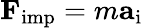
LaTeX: \mathbf{F}_{\mathrm{imp}}=m\mathbf{a}_{\mathrm{i}}